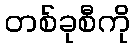
တစ်ခုစီကို